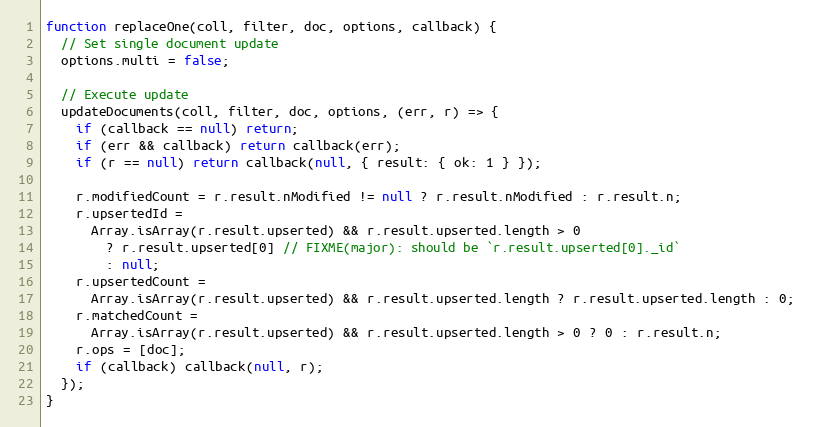
Language: JavaScript
function replaceOne(coll, filter, doc, options, callback) {
  // Set single document update
  options.multi = false;

  // Execute update
  updateDocuments(coll, filter, doc, options, (err, r) => {
    if (callback == null) return;
    if (err && callback) return callback(err);
    if (r == null) return callback(null, { result: { ok: 1 } });

    r.modifiedCount = r.result.nModified != null ? r.result.nModified : r.result.n;
    r.upsertedId =
      Array.isArray(r.result.upserted) && r.result.upserted.length > 0
        ? r.result.upserted[0] // FIXME(major): should be `r.result.upserted[0]._id`
        : null;
    r.upsertedCount =
      Array.isArray(r.result.upserted) && r.result.upserted.length ? r.result.upserted.length : 0;
    r.matchedCount =
      Array.isArray(r.result.upserted) && r.result.upserted.length > 0 ? 0 : r.result.n;
    r.ops = [doc];
    if (callback) callback(null, r);
  });
}